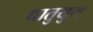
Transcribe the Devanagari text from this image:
धातुयुग